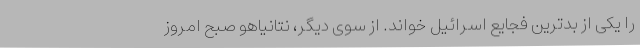
را یکی از بدترین فجایع اسرائیل خواند. از سوی دیگر، نتانیاهو صبح امروز